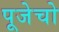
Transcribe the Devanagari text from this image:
पूजेचो